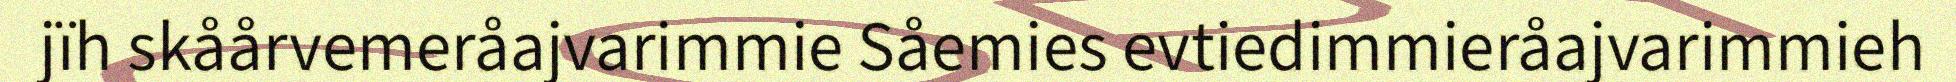
jïh skåårvemeråajvarimmie Såemies evtiedimmieråajvarimmieh